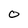
Character: O